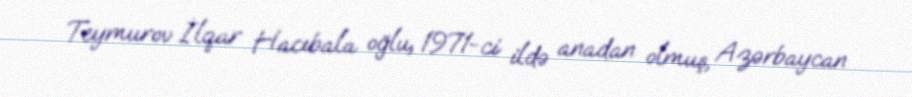
Teymurov İlqar Hacıbala oğlu, 1971-ci ildə anadan olmuş, Azərbaycan